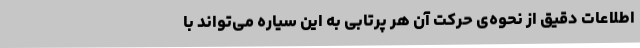
اطلاعات دقیق از نحوه‌ی حرکت آن هر پرتابی به این سیاره می‌تواند با